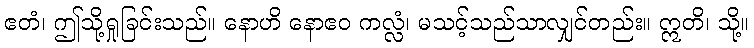
ဧတံ၊ ဤသို့ရှုခြင်းသည်။ နောဟိ နောဧဝ ကလ္လံ၊ မသင့်သည်သာလျှင်တည်း။ ဣတိ၊ သို့။